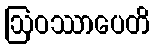
ဩဝဿာပေတိ